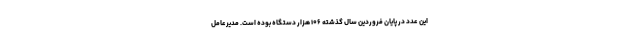
این عدد در پایان فروردین سال گذشته ۱۰۶ هزار دستگاه بوده است. مدیرعامل